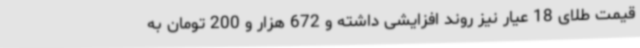
قیمت طلای 18 عیار نیز روند افزایشی داشته و 672 هزار و 200 تومان به